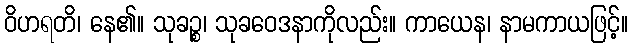
ဝိဟရတိ၊ နေ၏။ သုခဉ္စ၊ သုခဝေဒနာကိုလည်း။ ကာယေန၊ နာမကာယဖြင့်။